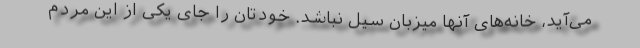
می‌آید، خانه‌های آنها میزبان سیل نباشد. خودتان را جای یکی از این مردم